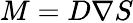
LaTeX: {M}=D\nabla S